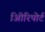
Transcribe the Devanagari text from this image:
अिीरिपोर्ट